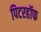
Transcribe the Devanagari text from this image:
पिटरहॉफ